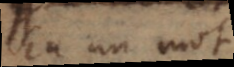
en un mot